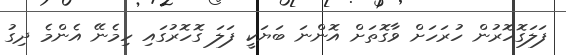
ފަލަގޮހޮރުން ހުރަހަށް ވާގޮތަށް އޮންނަ ބަޔަކީ ފަލަ ގޮހޮރުގައި ހިމެނޭ އެންމެ ދިގު